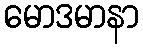
မောဒမာနာ